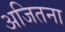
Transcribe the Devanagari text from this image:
अजितना